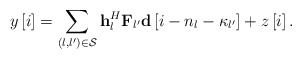
\begin{align*} y\left[ i \right] = \sum\limits_{\left( {l,l'} \right) \in {\cal S}} {{\bf{h}}_l^H{{\bf{F}}_{l'}}{\bf{d}}\left[ {i - {n_l} - {\kappa _{l'}}} \right]} + z\left[ {i} \right]. \end{align*}